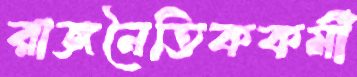
রাজনৈতিককর্মী